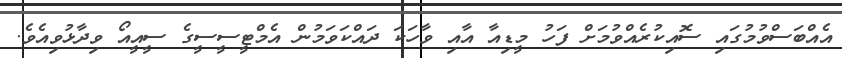
އެއްބަސްވުމުގައި ސޮއިކުރެއްވުމަށް ފަހު މީޑިއާ އާއި ވާހަކަ ދައްކަވަމުން އެމްޓީސީސީގެ ސީއީއޯ ވިދާޅުވިއެވެ.